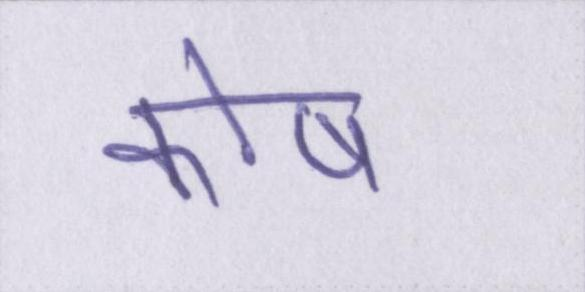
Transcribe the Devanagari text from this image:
कोष